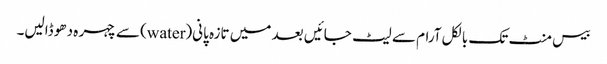
بیس منٹ تک بالکل آرام سے لیٹ جائیں بعد میں تازہ پانی(water) سے چہر ہ دھو ڈالیں۔